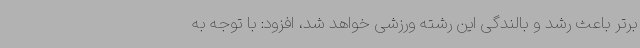
برتر باعث رشد و بالندگی این رشته ورزشی خواهد شد، افزود: با توجه به